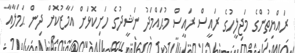
ރައްޔިތުންގެ މަޖިލީހުގެ ރައީސް ރައީސް މުޙައްމަދު ނަޝީދުގެ ހަށިކޮޅަށް އަމާޒުކޮށް ދިން ޙަމަލާއާ